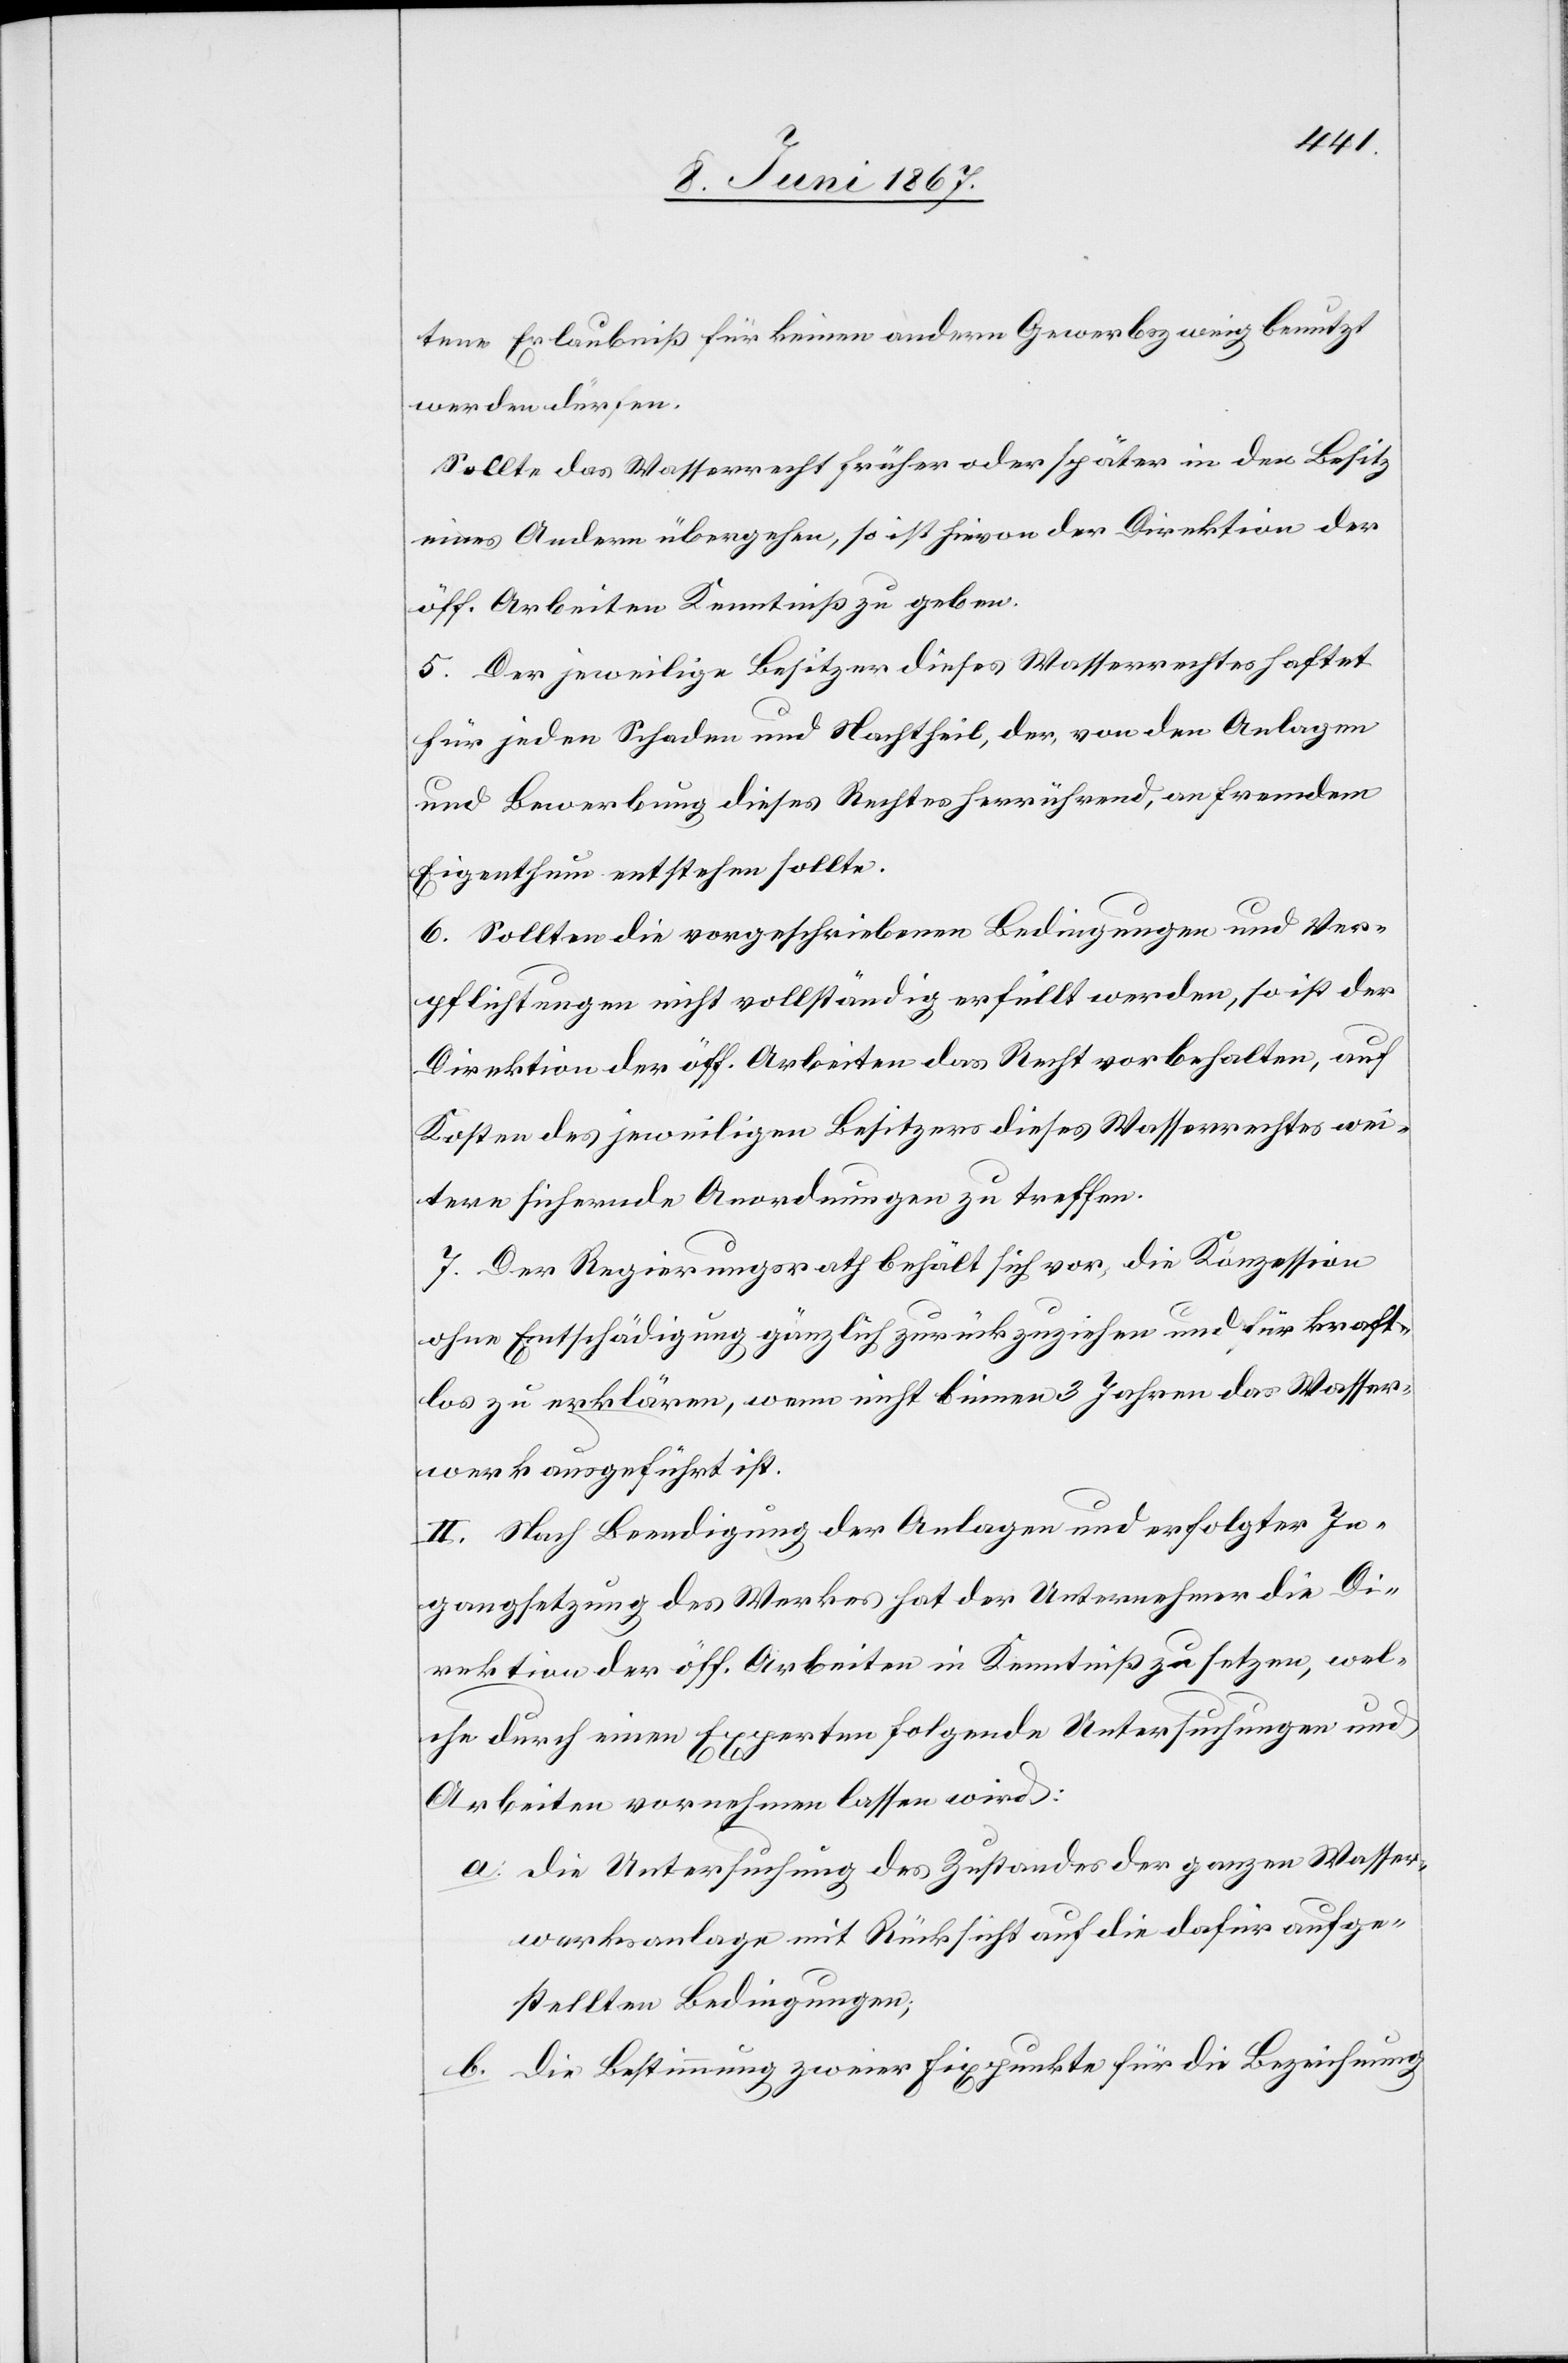
tene Erlaubniß für keinen andern Gewerbszweig benutzt
werden dürfen.
Sollte das Wasserrecht früher oder später in den Besitz
eines Andern übergehen, so ist hievon der Direktion der
öff. Arbeiten Kenntniß zu geben.
5. Der jeweilige Besitzer dieses Wasserrechtes haftet
für jeden Schaden und Nachtheil, der, von den Anlagen
und Bewerbung dieses Rechtes herrührend, auf fremdem
Eigenthum entstehen sollte.
6. Sollten die vorgeschriebenen Bedingungen und Ver¬
pflichtungen nicht vollständig erfüllt werden, so ist der
Direktion der öff. Arbeiten das Recht vorbehalten, auf
Kosten des jeweiligen Besitzers dieses Wasserrechtes wei¬
tere sichernde Anordnungen zu treffen.
7. Der Regierungsrath behält sich vor, die Konzession
ohne Entschädigung gänzlich zurückzuziehen und für kraft¬
los zu erklären, wenn nicht binnen 3 Jahren das Wasser¬
werk ausgeführt ist.
II. Nach Beendigung der Anlagen und erfolgter In¬
gangsetzung des Werkes hat der Unternehmer die Di¬
rektion der öff. Arbeiten in Kenntniß zu setzen, wel¬
che durch einen Experten folgende Untersuchungen und
Arbeiten vornehmen lassen wird:
a.	die Untersuchung des Zustandes der ganzen Wasser¬
werksanlage mit Rücksicht auf die dafür aufge¬
stellten Bedingungen;
b.	die Bestimmung zweier Fixpunkte für die Bezeichnung